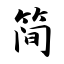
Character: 简